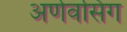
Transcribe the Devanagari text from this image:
अर्णवसिंग